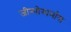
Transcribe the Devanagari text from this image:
जीन्मोस्पर्मास